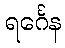
ရင်္ဂေန